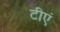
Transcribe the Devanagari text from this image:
टीएं